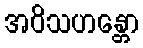
အဝိသဟန္တော